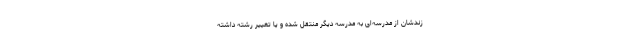
زندشان از مدرسه‌ای به مدرسه دیگر منتقل شده و یا تغییر رشته داشته